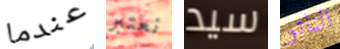
عندما نعتبر سيد الناتو